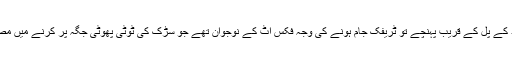
جب قائد آباد کے پل کے قریب پہنچے تو ٹریفک جام ہونے کی وجہ فکس اٹ کے نوجوان تھے جو سڑک کی ٹوٹی پھوٹی جگہ پر کرنے میں مصروف تھے۔